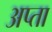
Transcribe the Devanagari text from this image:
अप्ता